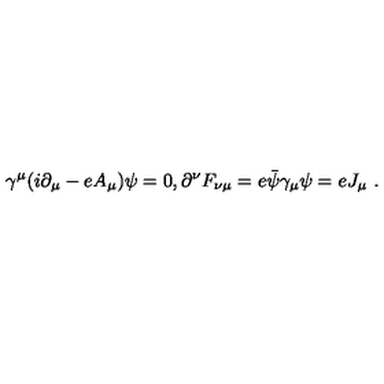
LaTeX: \gamma ^ { \mu } ( i \partial _ { \mu } - e A _ { \mu } ) \psi = 0 , \partial ^ { \nu } F _ { \nu \mu } = e \bar { \psi } \gamma _ { \mu } \psi = e J _ { \mu } \ .